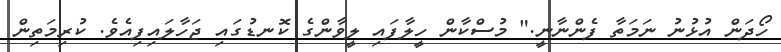
ހޯދަން އުޅުނު ނަމަތާ ފެންނާނީ." މުސްކާން ހީލާފައި ލީވާންގެ ކޮނޑުގައި ޖަހާލައިފިއެވެ. ކުރިމަތިން